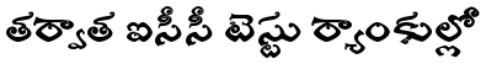
తర్వాత ఐసీసీ టెస్టు ర్యాంకుల్లో